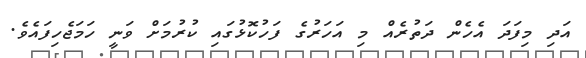
އަދި މިފަދަ އެހެން ދަތުރެއް މި އަހަރުގެ ފަހުކޮޅުގައި ކުރުމަށް ވަނީ ހަމަޖެހިފައެވެ.